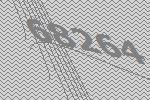
68264